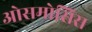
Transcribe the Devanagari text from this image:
ओसमोसिस